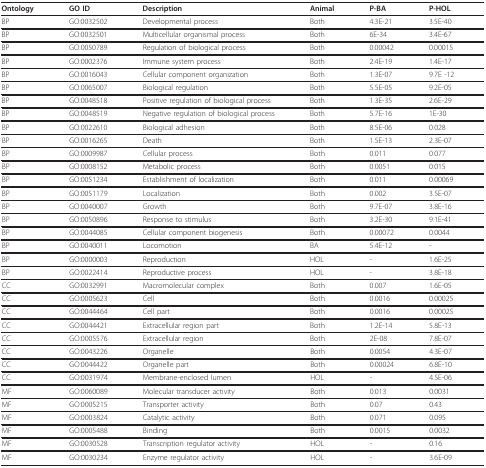
<table><thead><tr><td><b>Ontology</b></td><td><b>GO ID</b></td><td><b>Description</b></td><td><b>Animal</b></td><td><b>P-BA</b></td><td><b>P-HOL</b></td></tr></thead><tbody><tr><td>BP</td><td>GO:0032502</td><td>Developmental process</td><td>Both</td><td>4.3E-21</td><td>3.5E-40</td></tr><tr><td>BP</td><td>GO:0032501</td><td>Multicellular organismal process</td><td>Both</td><td>6E-34</td><td>3.4E-67</td></tr><tr><td>BP</td><td>GO:0050789</td><td>Regulation of biological process</td><td>Both</td><td>0.00042</td><td>0.00015</td></tr><tr><td>BP</td><td>GO:0002376</td><td>Immune system process</td><td>Both</td><td>2.4E-19</td><td>1.4E-17</td></tr><tr><td>BP</td><td>GO:0016043</td><td>Cellular component organization</td><td>Both</td><td>1.3E-07</td><td>9.7E -12</td></tr><tr><td>BP</td><td>GO:0065007</td><td>Biological regulation</td><td>Both</td><td>5.5E-05</td><td>9.2E-05</td></tr><tr><td>BP</td><td>GO:0048518</td><td>Positive regulation of biological process</td><td>Both</td><td>1.3E-35</td><td>2.6E-29</td></tr><tr><td>BP</td><td>GO:0048519</td><td>Negative regulation of biological process</td><td>Both</td><td>5.7E-16</td><td>1E-30</td></tr><tr><td>BP</td><td>GO:0022610</td><td>Biological adhesion</td><td>Both</td><td>8.5E-06</td><td>0.028</td></tr><tr><td>BP</td><td>GO:0016265</td><td>Death</td><td>Both</td><td>1.5E-13</td><td>2.3E-07</td></tr><tr><td>BP</td><td>GO:0009987</td><td>Cellular process</td><td>Both</td><td>0.011</td><td>0.077</td></tr><tr><td>BP</td><td>GO:0008152</td><td>Metabolic process</td><td>Both</td><td>0.0051</td><td>0.015</td></tr><tr><td>BP</td><td>GO:0051234</td><td>Establishment of localization</td><td>Both</td><td>0.011</td><td>0.00069</td></tr><tr><td>BP</td><td>GO:0051179</td><td>Localization</td><td>Both</td><td>0.002</td><td>3.5E-07</td></tr><tr><td>BP</td><td>GO:0040007</td><td>Growth</td><td>Both</td><td>9.7E-07</td><td>3.8E-16</td></tr><tr><td>BP</td><td>GO:0050896</td><td>Response to stimulus</td><td>Both</td><td>3.2E-30</td><td>9.1E-41</td></tr><tr><td>BP</td><td>GO:0044085</td><td>Cellular component biogenesis</td><td>Both</td><td>0.00072</td><td>0.0044</td></tr><tr><td>BP</td><td>GO:0040011</td><td>Locomotion</td><td>BA</td><td>5.4E-12</td><td>-</td></tr><tr><td>BP</td><td>GO:0000003</td><td>Reproduction</td><td>HOL</td><td>-</td><td>1.6E-25</td></tr><tr><td>BP</td><td>GO:0022414</td><td>Reproductive process</td><td>HOL</td><td>-</td><td>3.8E-18</td></tr><tr><td>CC</td><td>GO:0032991</td><td>Macromolecular complex</td><td>Both</td><td>0.007</td><td>1.6E-05</td></tr><tr><td>CC</td><td>GO:0005623</td><td>Cell</td><td>Both</td><td>0.0016</td><td>0.00025</td></tr><tr><td>CC</td><td>GO:0044464</td><td>Cell part</td><td>Both</td><td>0.0016</td><td>0.00025</td></tr><tr><td>CC</td><td>GO:0044421</td><td>Extracellular region part</td><td>Both</td><td>1.2E-14</td><td>5.8E-13</td></tr><tr><td>CC</td><td>GO:0005576</td><td>Extracellular region</td><td>Both</td><td>2E-08</td><td>7.8E-07</td></tr><tr><td>CC</td><td>GO:0043226</td><td>Organelle</td><td>Both</td><td>0.0054</td><td>4.3E-07</td></tr><tr><td>CC</td><td>GO:0044422</td><td>Organelle part</td><td>Both</td><td>0.00024</td><td>6.8E-10</td></tr><tr><td>CC</td><td>GO:0031974</td><td>Membrane-enclosed lumen</td><td>HOL</td><td>-</td><td>4.5E-06</td></tr><tr><td>MF</td><td>GO:0060089</td><td>Molecular transducer activity</td><td>Both</td><td>0.013</td><td>0.0031</td></tr><tr><td>MF</td><td>GO:0005215</td><td>Transporter activity</td><td>Both</td><td>0.07</td><td>0.43</td></tr><tr><td>MF</td><td>GO:0003824</td><td>Catalytic activity</td><td>Both</td><td>0.071</td><td>0.095</td></tr><tr><td>MF</td><td>GO:0005488</td><td>Binding</td><td>Both</td><td>0.0015</td><td>0.0032</td></tr><tr><td>MF</td><td>GO:0030528</td><td>Transcription regulator activity</td><td>HOL</td><td>-</td><td>0.16</td></tr><tr><td>MF</td><td>GO:0030234</td><td>Enzyme regulator activity</td><td>HOL</td><td>-</td><td>3.6E-09</td></tr></tbody></table>